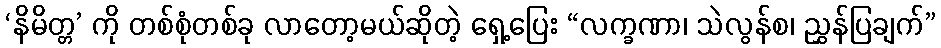
‘နိမိတ္တ’ ကို တစ်စုံတစ်ခု လာတော့မယ်ဆိုတဲ့ ရှေ့ပြေး “လက္ခဏာ၊ သဲလွန်စ၊ ညွှန်ပြချက်”